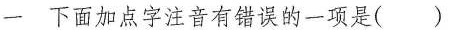
一 下面加点字注音有错误的一项是( )